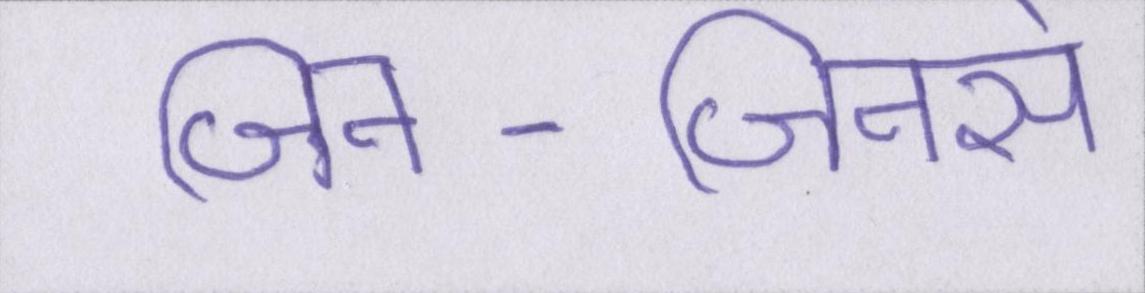
जिन-जिनसे